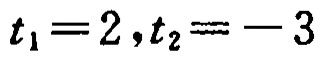
\(t_{1}=2,t_{2}=-3\)